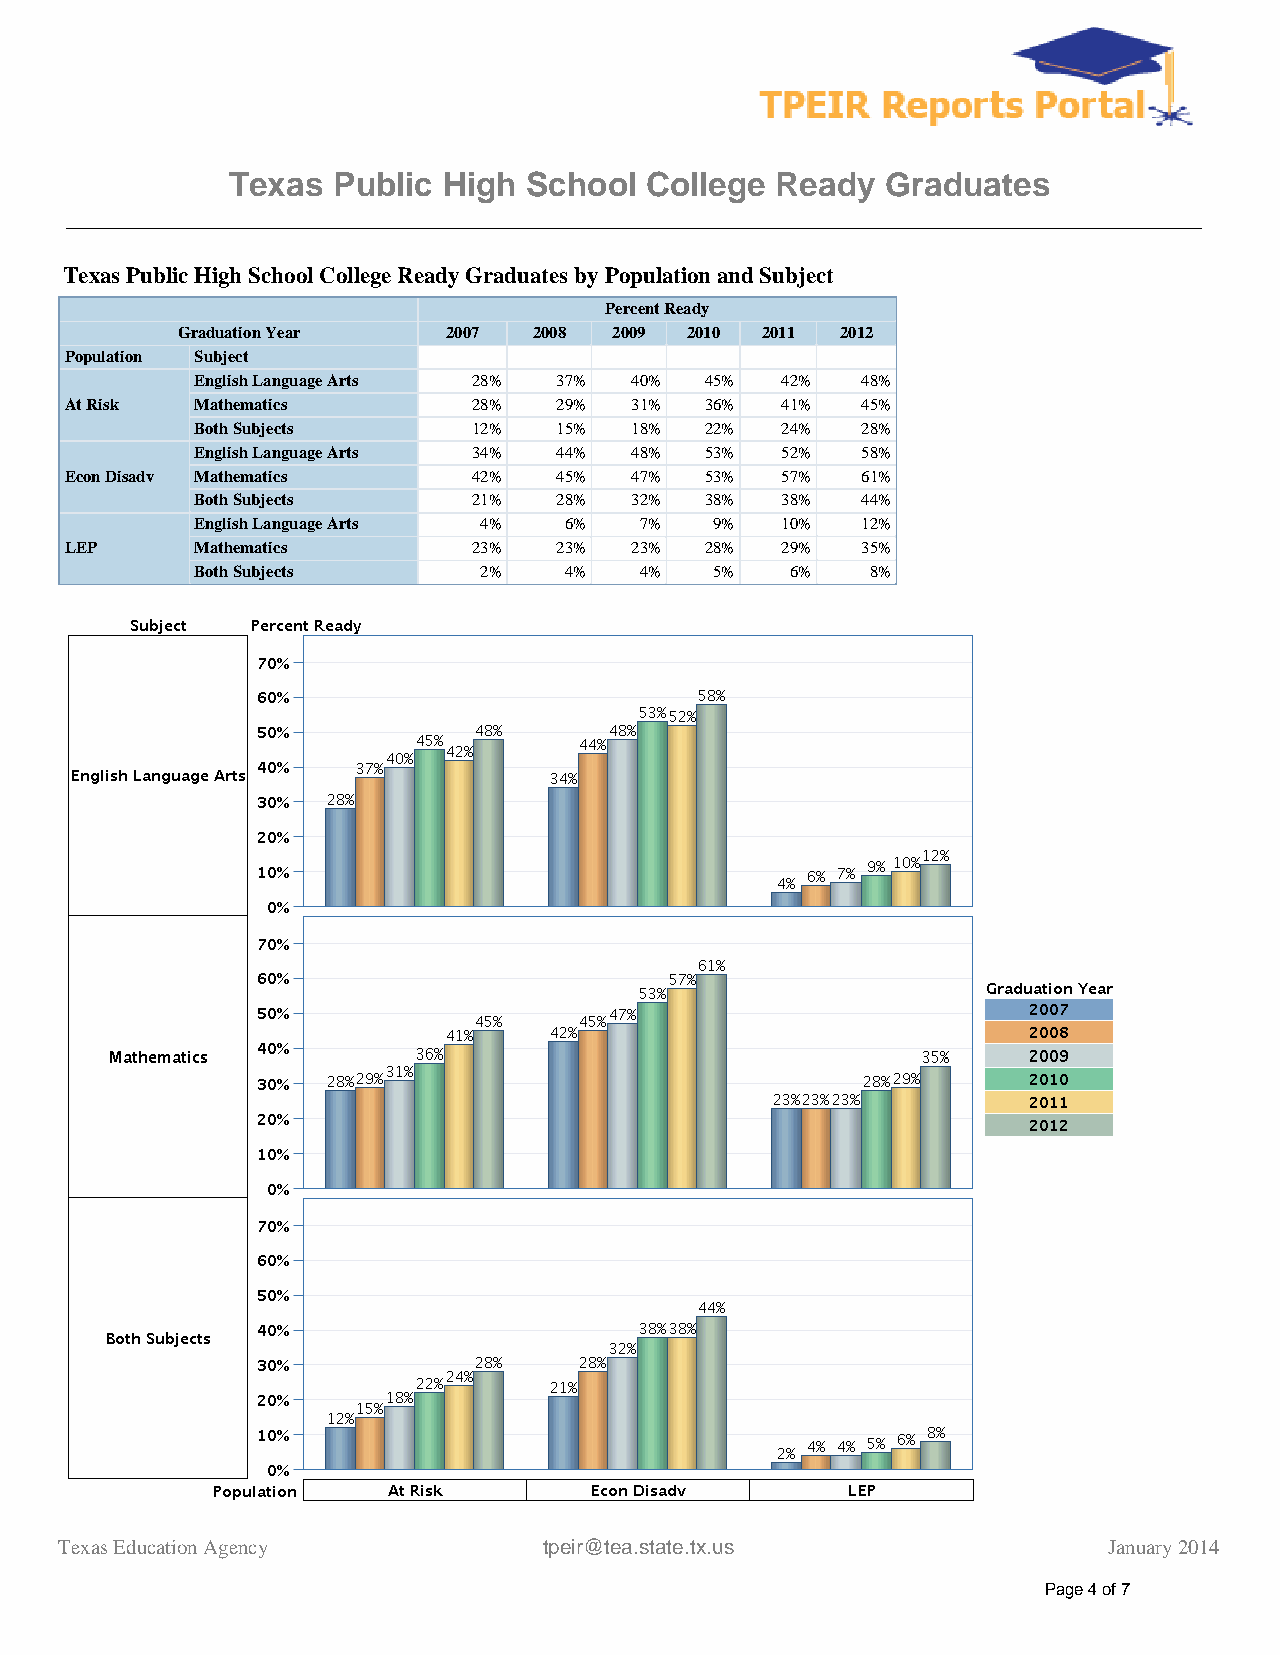
Texas  Public High  School  College Ready   Graduates
 Texas Public High School College Ready Graduates by Population and Subject
 Percent Ready
 Graduation Year   2007 2008  2009 2010 2011 2012
 Population Subject
 English Language Arts 28% 37% 40% 45%  42%  48%
 At Risk  Mathematics       28%   29%  31%  36%  41%  45%
 Both Subjects     12%   15%  18%  22%  24%  28%
 English Language Arts 34% 44% 48% 53%  52%  58%
 Econ Disadv Mathematics    42%   45%  47%  53%  57%  61%
 Both Subjects     21%   28%  32%  38%  38%  44%
 English Language Arts 4% 6%  7%   9%   10%  12%
 LEP      Mathematics       23%   23%  23%  28%  29%  35%
 Both Subjects      2%   4%   4%   5%   6%    8%
 Texas Education Agency          tpeir@tea.state.tx.us                January 2014
 Page 4 of 7